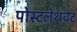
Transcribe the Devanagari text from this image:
पोस्टलेथवेट